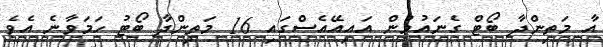
އާ މަތިންދާ ބޯޓް ގެނައުމުން އައިއޭއެސްގައި 16 މަތިންދާ ބޯޓު ހަމަވާނެ އެވެ